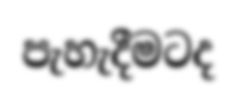
පැහැදීමටද